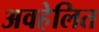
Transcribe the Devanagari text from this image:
अवहेलित